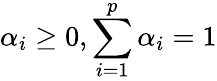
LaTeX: \alpha_{i}\geq 0,\sum_{i=1}^{p}\alpha_{i}=1